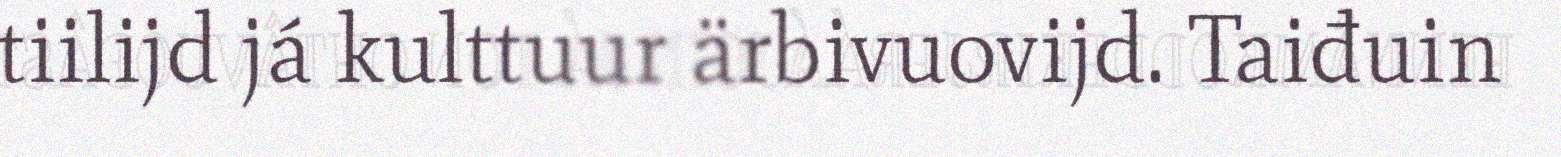
tiilijd já kulttuur ärbivuovijd. Taiđuin